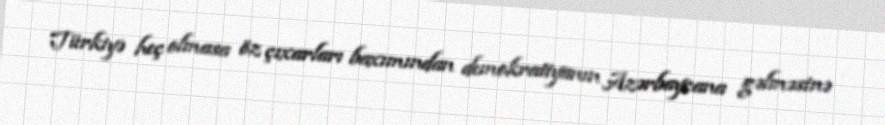
Türkiyə heç olmasa öz çıxarları baxımından demokratiyanın Azərbaycana gəlməsinə